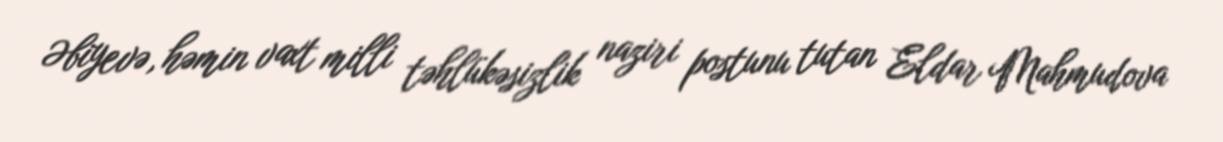
Əbiyevə, həmin vaxt milli təhlükəsizlik naziri postunu tutan Eldar Mahmudova